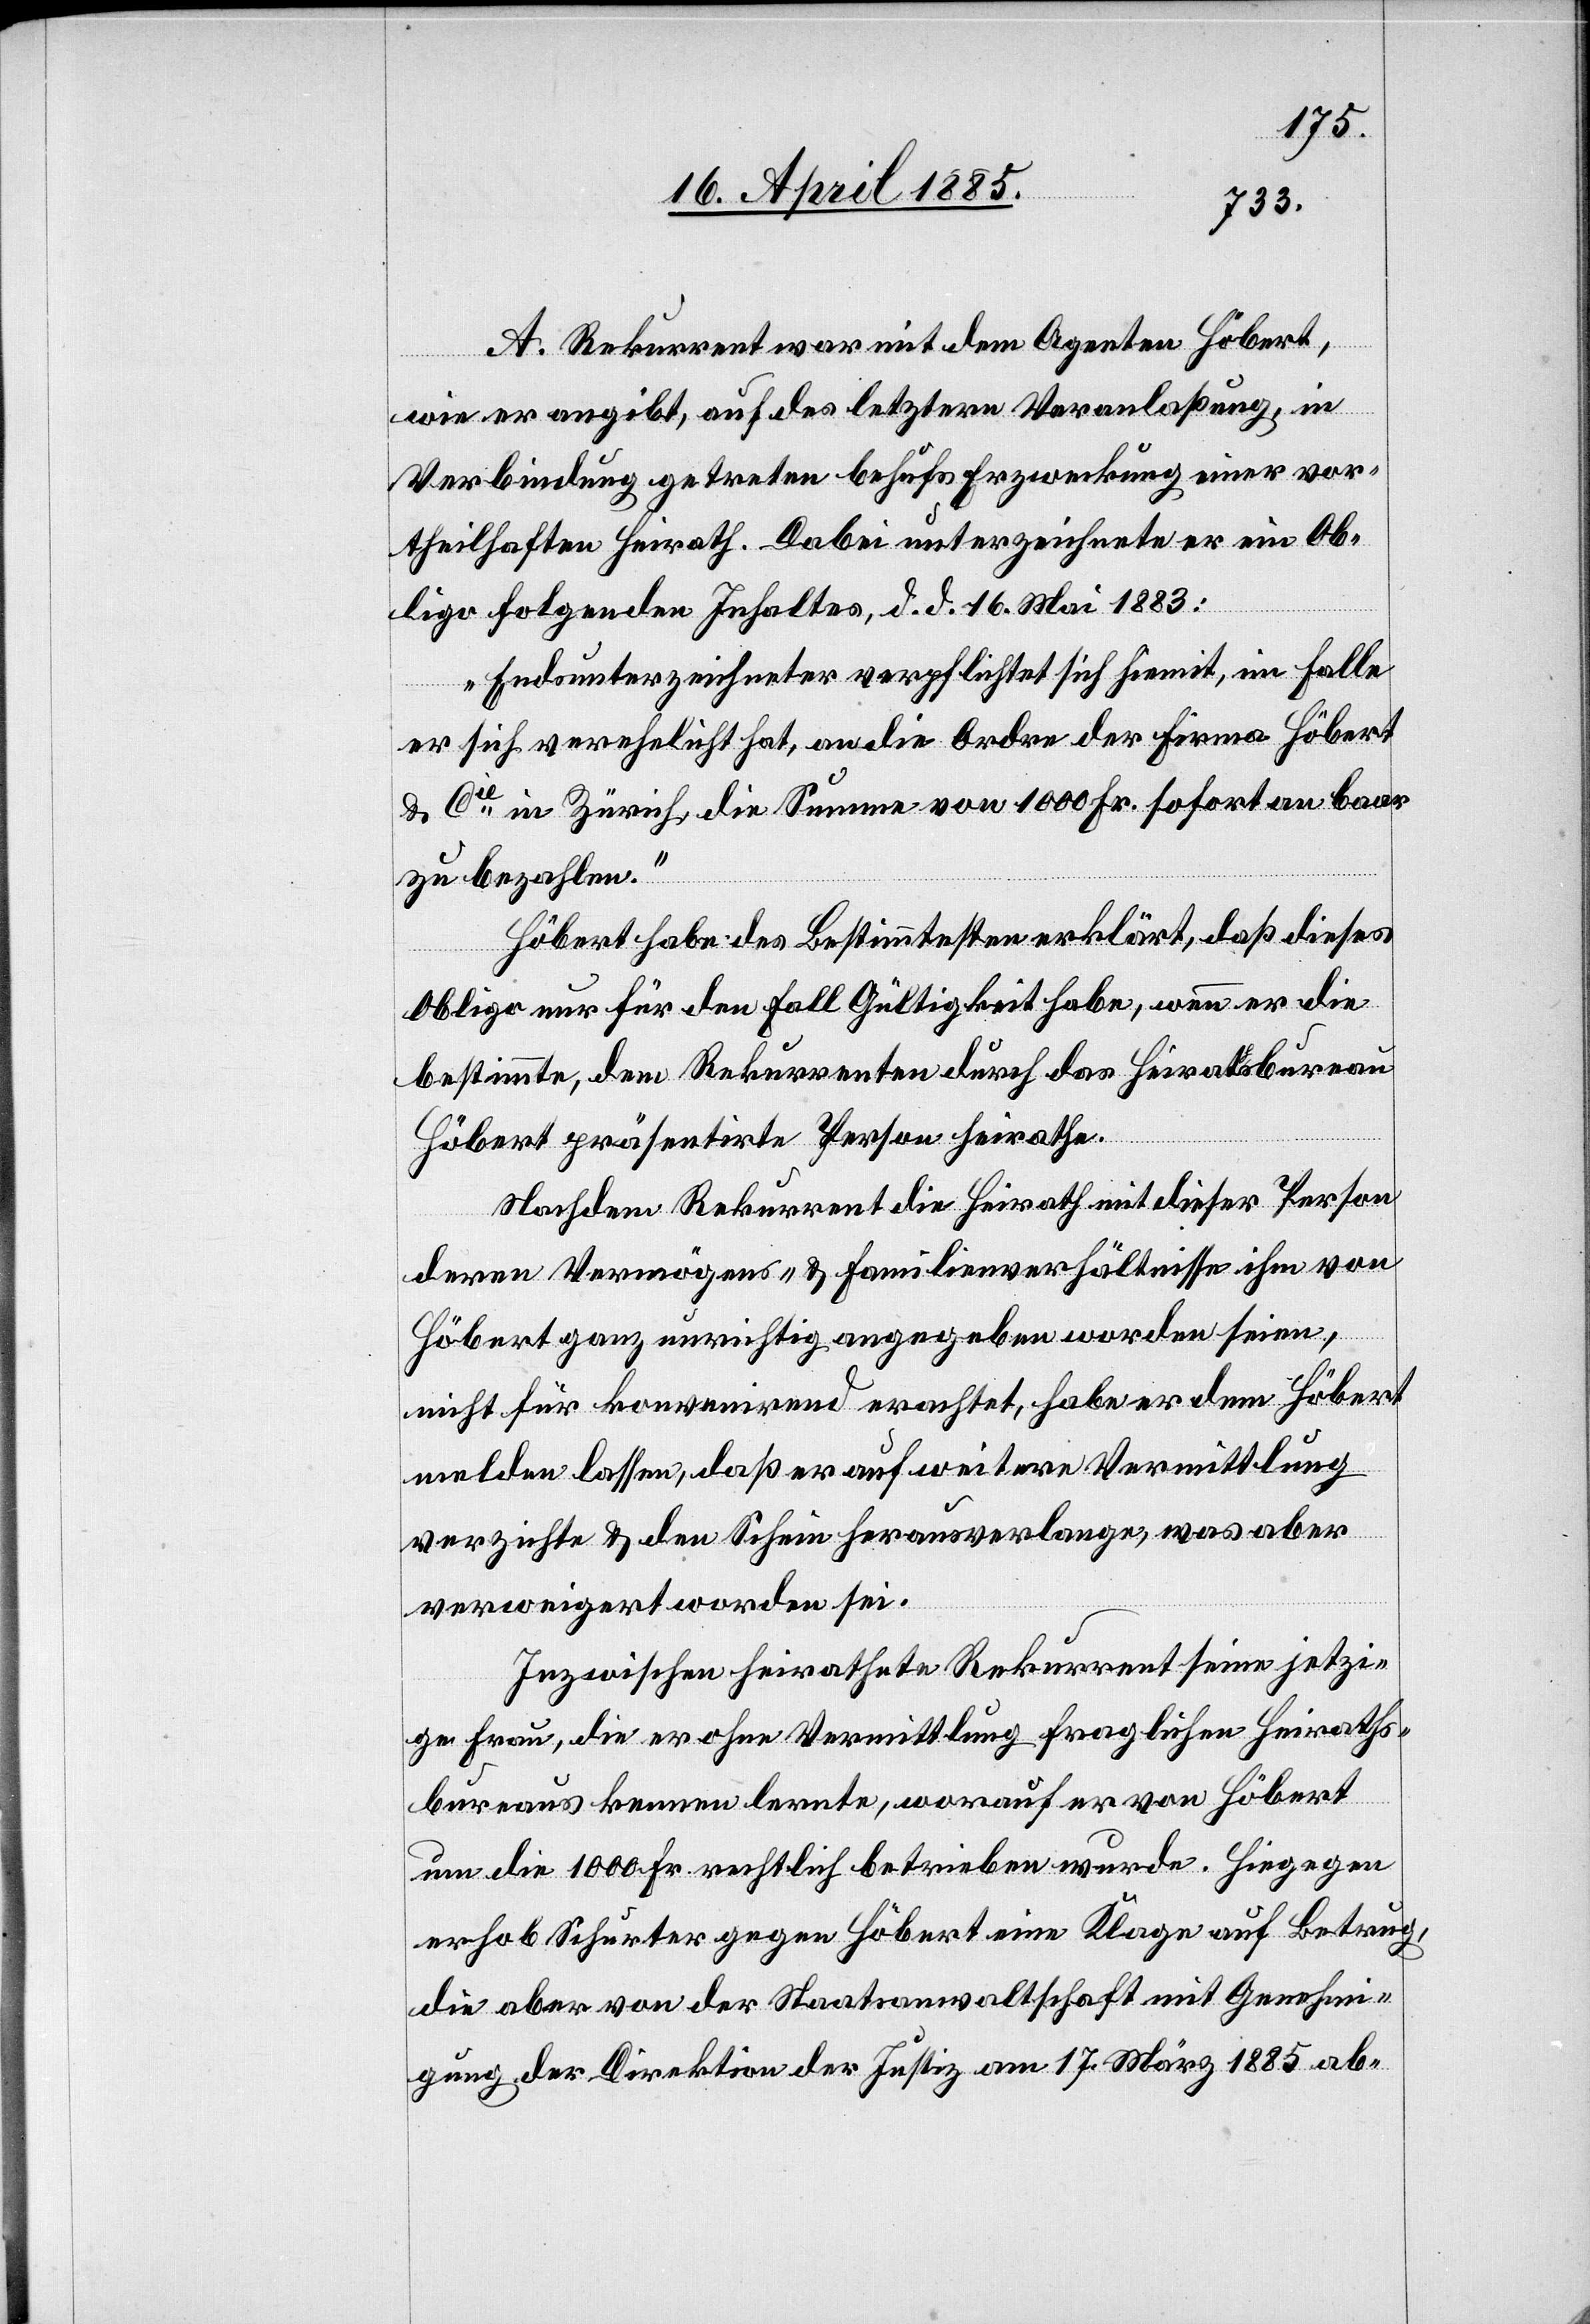
A. Rekurrent war mit dem Agenten Höbert,
wie er angibt, auf des letztern Veranlaßung, in
Verbindung getreten behufs Erzweckung einer vor¬
theilhaften Heirath. Dabei unterzeichnete er ein Ob¬
ligo folgenden Inhaltes, d. d. 16. Mai 1883:
„Endsunterzeichneter verpflichtet sich hiemit, im Falle
er sich verehelicht hat, an die Ordre der Firma Höbert
& Cie in Zürich, die Summe von 1000 Fr. sofort an baar
zu bezahlen.“
Höbert habe des Bestimmtesten erklärt, daß dieses
Obligo nur für den Fall Gültigkeit habe, wenn er die
bestimmte, dem Rekurrenten durch das Heirathsbureau
Höbert präsentirte Person heirathe.
Nachdem Rekurrent die Heirath mit dieser Person
deren Vermögens- & Familienverhältnisse ihm von
Höbert ganz unrichtig angegeben worden seien,
nicht für konvenirend erachtet, habe er dem Höbert
melden lassen, daß er auf weitere Vermittlung
verzichte & den Schein herausverlange, was aber
verweigert worden sei.
Inzwischen heirathete Rekurrent seine jetzi¬
ge Frau, die er ohne Vermittlung fraglichen Heiraths¬
bureaus kennen lernte, worauf er von Höbert
um die 1000 Fr. rechtlich betrieben wurde. Hiegegen
erhob Schurter gegen Höbert eine Klage auf Betrug,
die aber von der Staatsanwaltschaft mit Genehmi¬
gung der Direktion der Justiz am 17. März 1885 ab-